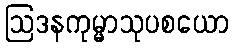
ဩဒနကုမ္မာသုပစယော